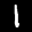
Label: 1